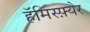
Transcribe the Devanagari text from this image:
हॅमिस्फ़्येर